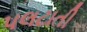
પલટાતી